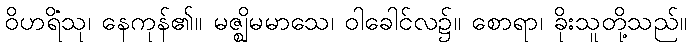
ဝိဟရိံသု၊ နေကုန်၏။ မဇ္ဈိမမာသေ၊ ဝါခေါင်လ၌။ စောရာ၊ ခိုးသူတို့သည်။